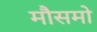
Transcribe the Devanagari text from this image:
मौसमो